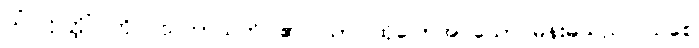
ယံ ဣတ္ထိံ၊ ကို။ ဩဘာသတိ၊ ၏။ သာ၊ ထိုပြောအပ်သော မိန်းမသည်။ သစေ